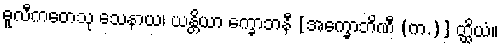
ဓူလီကတေသု သေနာယ၊ ယန္တိယာ က္ခောဘနီ [အက္ခောဘိဏီ (က.)] တ္ထိယံ။